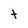
Character: t